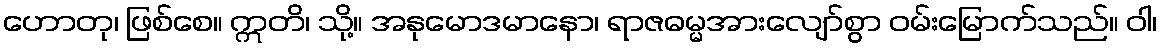
ဟောတု၊ ဖြစ်စေ။ ဣတိ၊ သို့။ အနုမောဒမာနော၊ ရာဇဓမ္မအားလျော်စွာ ဝမ်းမြောက်သည်။ ဝါ၊